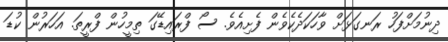
ދިނުމަށްފަހު ރަނގަޅަށް ވާހަކަދެކެވެން ފެށިއެވެ. ސޯ ފްރައިޑޭގަ ތިމީހުން ފްރީތަ. އަހަރުން ކުޑަ